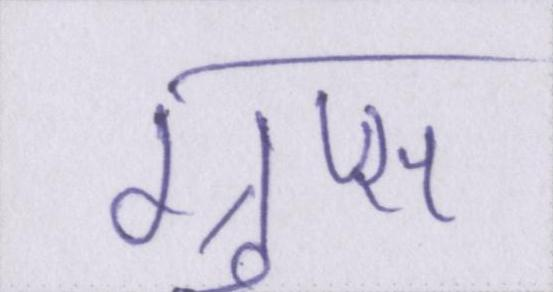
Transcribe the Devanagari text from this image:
ग्रुप्स